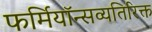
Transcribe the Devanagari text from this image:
फर्मियॉन्सव्यतिरिक्त